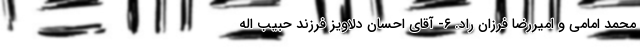
محمد امامی و امیررضا فرزان راد. ۶- آقای احسان دلاویز فرزند حبیب اله